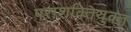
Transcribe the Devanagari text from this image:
पराशक्तियुक्त